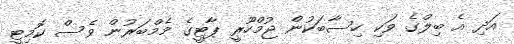
އަދި އެ ބިލްގެ ވަކި ހިސާބަކުން ޖުމްހޫރީ ޕާޓީގެ މެމްބަރުން ވެސް ކޮމިޓީ